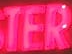
TER